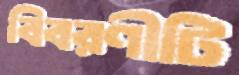
বিবরণীটি